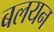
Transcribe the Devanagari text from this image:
बलयन